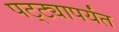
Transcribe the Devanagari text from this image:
पट्‍ट्यापर्यंत